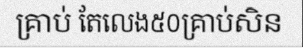
គ្រាប់ តែលេង៥០គ្រាប់សិន